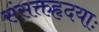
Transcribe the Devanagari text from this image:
संसक्तहृदयाः